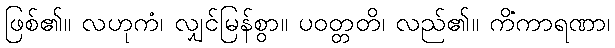
ဖြစ်၏။ လဟုကံ၊ လျှင်မြန်စွာ။ ပဝတ္တတိ၊ လည်၏။ ကိံကာရဏာ၊